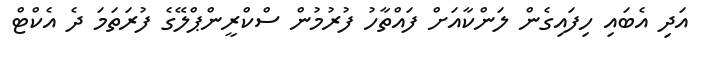
އަދި އެބައި ހިފައިގެން ލަންކާއަށް ފައްތާހު ފުރުމުން ސްކްރީންޕްލޭގެ ފުރަތަމަ ދެ އެކްޓް